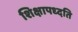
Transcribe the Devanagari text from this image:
शिक्षापध्दति